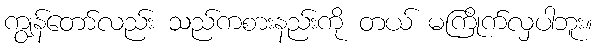
ကျွန်တော်လည်း သည်ကစားနည်းကို တယ် မကြိုက်လှပါဘူး။